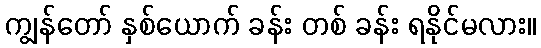
ကျွန်တော် နှစ်ယောက် ခန်း တစ် ခန်း ရနိုင်မလား။